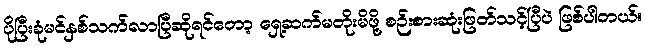
ပိုပြီးခုံမင်နှစ်သက်လာပြီဆိုရင်တော့ ရှေ့ဆက်မတိုးမိဖို့ စဉ်းစားဆုံးဖြတ်သင့်ပြီပဲ ဖြစ်ပါတယ်။